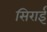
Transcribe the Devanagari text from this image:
सिराई